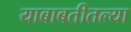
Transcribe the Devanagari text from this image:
याबाबतीतल्या